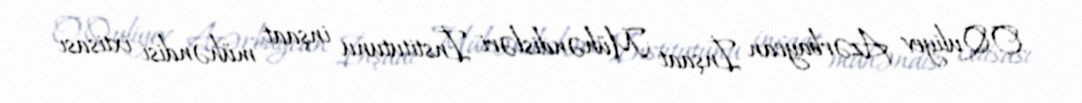
O.Quliyev Azərbaycan İnşaat Mühəndisləri İnstitutunu inşaat mühəndisi ixtisası